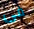
فى